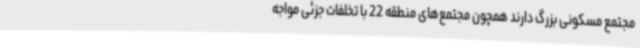
مجتمع مسکونی بزرگ دارند همچون مجتمع‌های منطقه 22 با تخلفات جزئی مواجه